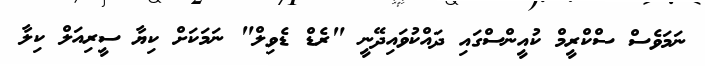
ނަމަވެސް ސްކްރީމް ކުއީންސްގައި ދައްކުވައިދޭނީ "ރެޑް ޑެވިލް" ނަމަކަށް ކިޔާ ސީރިއަލް ކިލާ